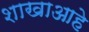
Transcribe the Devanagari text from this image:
शाखाआहे